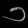
Digit: ၁